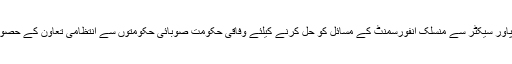
وزیراعظم نے کہا کہ پاور سیکٹر سے منسلک انفورسمنٹ کے مسائل کو حل کرنے کیلئے وفاقی حکومت صوبائی حکومتوں سے انتظامی تعاون کے حصول کیلئے کام کریں گی۔